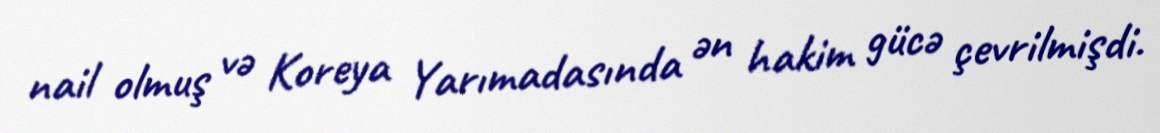
nail olmuş və Koreya Yarımadasında ən hakim gücə çevrilmişdi.